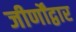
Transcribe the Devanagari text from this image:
जीर्णोंद्वार